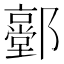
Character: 𨟐